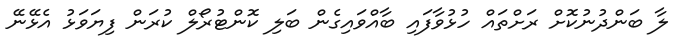
ލާ ބަންދުނުކޮށް ރަށްތައް ހުޅުވާފައި ބާއްވައިގެން ބަލި ކޮންޓުރޯލް ކުރަން ފިޔަވަޅު އެޅޭނޭ